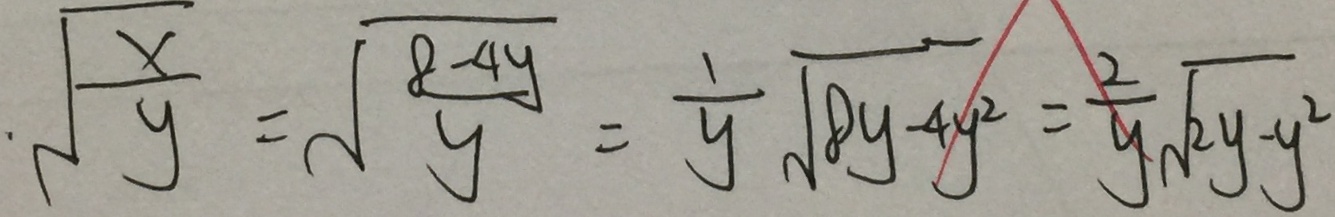
\sqrt { \frac { x } { y } } = \sqrt { \frac { 8 - 4 y } { y } } = \frac { 1 } { y } \sqrt { 8 y - 4 y ^ { 2 } } = \frac { 2 } { y } \sqrt { 2 y - y ^ { 2 } }